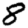
Digit: 8